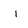
Character: i